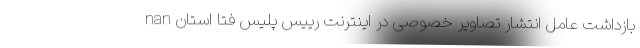
nan بازداشت عامل انتشار تصاویر خصوصی در اینترنت رییس پلیس فتا استان